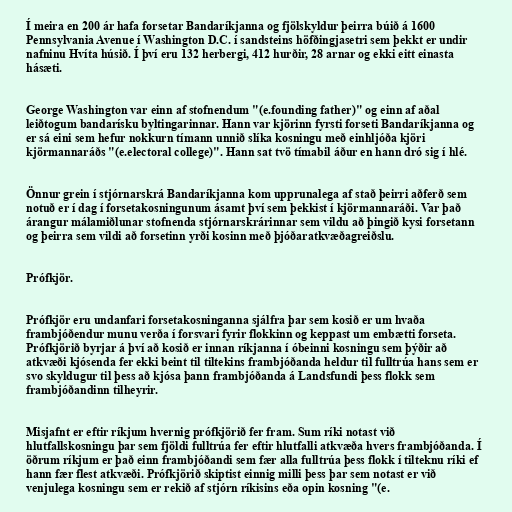
Í meira en 200 ár hafa forsetar Bandaríkjanna og fjölskyldur þeirra búið á 1600
Pennsylvania Avenue í Washington D.C. í sandsteins höfðingjasetri sem þekkt er undir
nafninu Hvíta húsið. Í því eru 132 herbergi, 412 hurðir, 28 arnar og ekki eitt einasta
hásæti.

George Washington var einn af stofnendum "(e.founding father)" og einn af aðal
leiðtogum bandarísku byltingarinnar. Hann var kjörinn fyrsti forseti Bandaríkjanna og
er sá eini sem hefur nokkurn tímann unnið slíka kosningu með einhljóða kjöri
kjörmannaráðs "(e.electoral college)". Hann sat tvö tímabil áður en hann dró sig í hlé.

Önnur grein í stjórnarskrá Bandaríkjanna kom upprunalega af stað þeirri aðferð sem
notuð er í dag í forsetakosningunum ásamt því sem þekkist í kjörmannaráði. Var það
árangur málamiðlunar stofnenda stjórnarskrárinnar sem vildu að þingið kysi forsetann
og þeirra sem vildi að forsetinn yrði kosinn með þjóðaratkvæðagreiðslu.

Prófkjör.

Prófkjör eru undanfari forsetakosninganna sjálfra þar sem kosið er um hvaða
frambjóðendur munu verða í forsvari fyrir flokkinn og keppast um embætti forseta.
Prófkjörið byrjar á því að kosið er innan ríkjanna í óbeinni kosningu sem þýðir að
atkvæði kjósenda fer ekki beint til tiltekins frambjóðanda heldur til fulltrúa hans sem er
svo skyldugur til þess að kjósa þann frambjóðanda á Landsfundi þess flokk sem
frambjóðandinn tilheyrir.

Misjafnt er eftir ríkjum hvernig prófkjörið fer fram. Sum ríki notast við
hlutfallskosningu þar sem fjöldi fulltrúa fer eftir hlutfalli atkvæða hvers frambjóðanda. Í
öðrum ríkjum er það einn frambjóðandi sem fær alla fulltrúa þess flokk í tilteknu ríki ef
hann fær flest atkvæði. Prófkjörið skiptist einnig milli þess þar sem notast er við
venjulega kosningu sem er rekið af stjórn ríkisins eða opin kosning "(e.